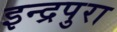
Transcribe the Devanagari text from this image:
इन्द्रपुरा